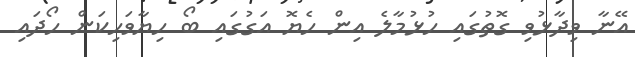
އޭނާ ވިދާޅުވި ގޮތުގައި ހުޅުމާލެ އިން ހެޔޮ އަގުގައި ބޯ ހިޔާވަހިކަން ހޯދައި